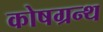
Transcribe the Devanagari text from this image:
कोषग्रन्थ